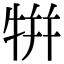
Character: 𤙾